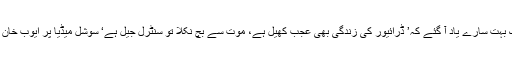
میں نے یہ پڑھا توعش عش کر اٹھااور ذوالفقار علی بھٹو سے نواز شریف تک بہت سارے یاد آ گئے کہ’ ڈرائیور کی زندگی بھی عجب کھیل ہے، موت سے بچ نکلا تو سنٹرل جیل ہے‘ سوشل میڈیا پر ایوب خان کے بعد نواز شریف کے لئے شور ہے، ’ تیری یاد آئی تیرے جانے کے بعد‘۔